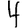
Digit: 4